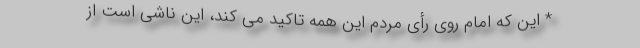
* این که امام روی رأی مردم این همه تاکید می کند، این ناشی است از